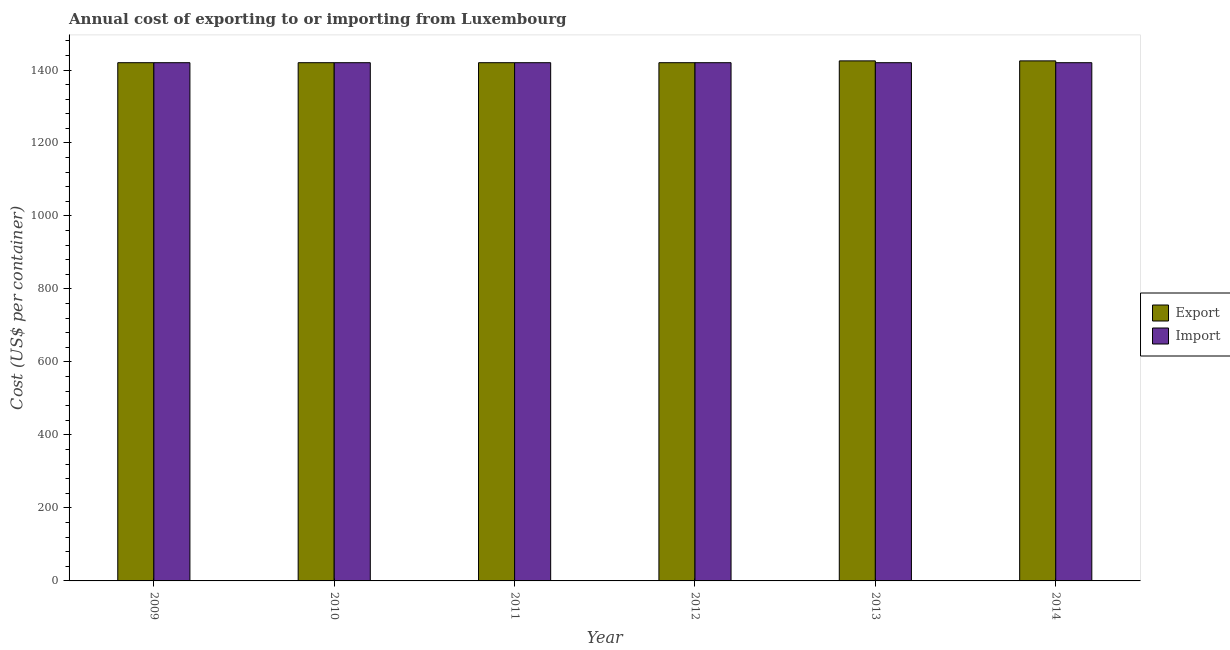
| Year | Export | Import |
 | --- | --- | --- |
 | 2009 | 1.42e+03 | 1.42e+03 |
 | 2010 | 1.42e+03 | 1.42e+03 |
 | 2011 | 1.42e+03 | 1.42e+03 |
 | 2012 | 1.42e+03 | 1.42e+03 |
 | 2013 | 1.42e+03 | 1.42e+03 |
 | 2014 | 1.42e+03 | 1.42e+03 |